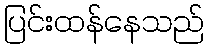
ပြင်းထန်နေသည်